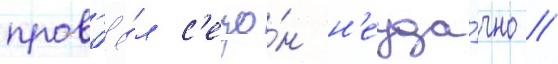
пров'ё́л с'езо́н н'еуда́чно /